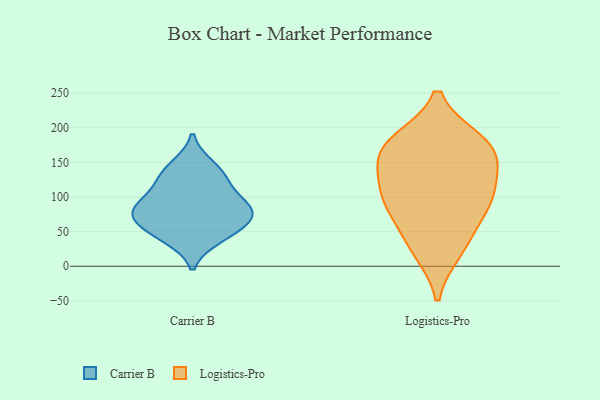
{"axis": {"x": "Headcount", "y": "Value"}, "legend": ["Carrier B", "Logistics-Pro"], "data": [{"x": "", "y": 41, "type": "Carrier B"}, {"x": "", "y": 82, "type": "Carrier B"}, {"x": "", "y": 130, "type": "Carrier B"}, {"x": "", "y": 117, "type": "Carrier B"}, {"x": "", "y": 66, "type": "Carrier B"}, {"x": "", "y": 86, "type": "Carrier B"}, {"x": "", "y": 48, "type": "Carrier B"}, {"x": "", "y": 88, "type": "Carrier B"}, {"x": "", "y": 145, "type": "Carrier B"}, {"x": "", "y": 71, "type": "Carrier B"}, {"x": "", "y": 23, "type": "Logistics-Pro"}, {"x": "", "y": 91, "type": "Logistics-Pro"}, {"x": "", "y": 180, "type": "Logistics-Pro"}, {"x": "", "y": 163, "type": "Logistics-Pro"}, {"x": "", "y": 139, "type": "Logistics-Pro"}, {"x": "", "y": 86, "type": "Logistics-Pro"}, {"x": "", "y": 116, "type": "Logistics-Pro"}, {"x": "", "y": 36, "type": "Logistics-Pro"}, {"x": "", "y": 177, "type": "Logistics-Pro"}, {"x": "", "y": 169, "type": "Logistics-Pro"}, {"x": "", "y": 94, "type": "Logistics-Pro"}]}